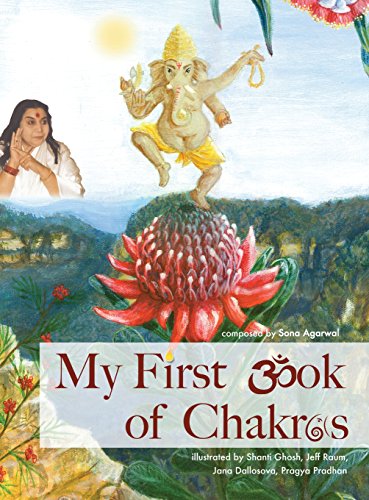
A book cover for My First Book of Chakras; Children's Books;